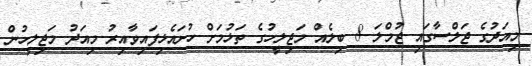
މިއަދުގެ ޖަލްސާގައި ޖުމްލަ 8 ބިލެއް މަޖިލީހުގެ ތަޅުމަށް ހުށައެޅިފައިވާއިރު މިއަދު މަޖިލީހުން